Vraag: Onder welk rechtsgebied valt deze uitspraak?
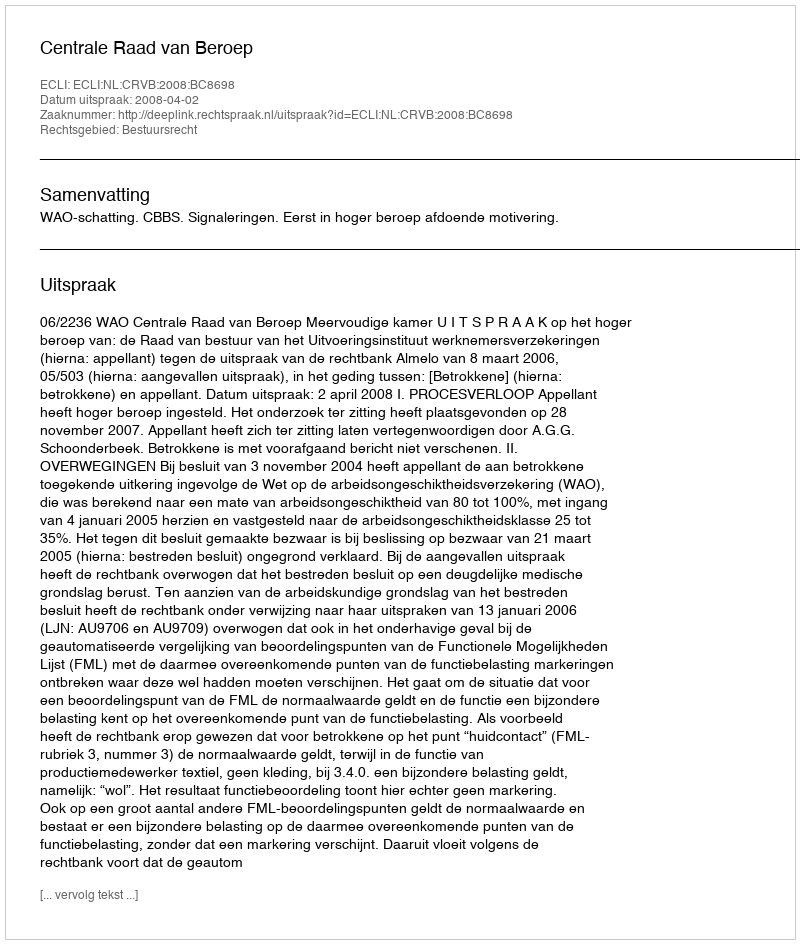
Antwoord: Bestuursrecht